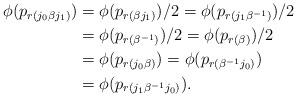
LaTeX: \begin{align*}\phi (p_{r(j_0 \beta j_1)}) & = \phi (p_{r(\beta j_1)}) / 2 = \phi (p_{r(j_1 \beta^{-1})}) /2 \\ & = \phi (p_{r(\beta^{-1})}) /2 = \phi (p_{r(\beta)}) /2\\ & = \phi (p_{r(j_0 \beta)}) = \phi (p_{r(\beta^{-1} j_0)}) \\ & = \phi (p_{r(j_1 \beta^{-1} j_0)}).\end{align*}